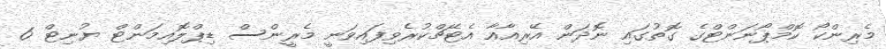
މެރިންކޯ ކޮމްޕޯނަންޓްގެ ގޮތުގައި ނޮދަން އޭރިއާއާ އެޓޭޗްކުރެވިފައިވަނީ މެރީންސް ޑިޕްލޮއިމަންޓް ޔުނިޓް 6